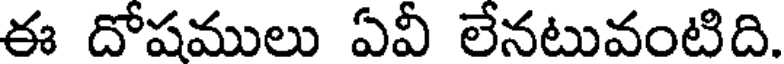
ఈ దోషములు ఏవీ లేనటువంటిది.